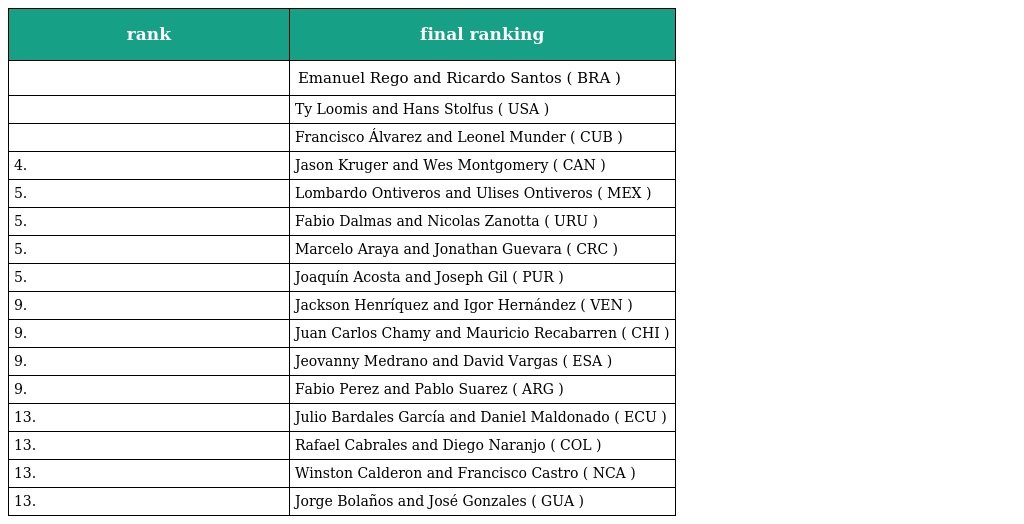
| rank | final ranking |
 | --- | --- |
 |  | Emanuel Rego and Ricardo Santos ( BRA ) |
 |  | Ty Loomis and Hans Stolfus ( USA ) |
 |  | Francisco Álvarez and Leonel Munder ( CUB ) |
 | 4. | Jason Kruger and Wes Montgomery ( CAN ) |
 | 5. | Lombardo Ontiveros and Ulises Ontiveros ( MEX ) |
 | 5. | Fabio Dalmas and Nicolas Zanotta ( URU ) |
 | 5. | Marcelo Araya and Jonathan Guevara ( CRC ) |
 | 5. | Joaquín Acosta and Joseph Gil ( PUR ) |
 | 9. | Jackson Henríquez and Igor Hernández ( VEN ) |
 | 9. | Juan Carlos Chamy and Mauricio Recabarren ( CHI ) |
 | 9. | Jeovanny Medrano and David Vargas ( ESA ) |
 | 9. | Fabio Perez and Pablo Suarez ( ARG ) |
 | 13. | Julio Bardales García and Daniel Maldonado ( ECU ) |
 | 13. | Rafael Cabrales and Diego Naranjo ( COL ) |
 | 13. | Winston Calderon and Francisco Castro ( NCA ) |
 | 13. | Jorge Bolaños and José Gonzales ( GUA ) |